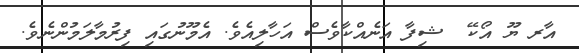
އާރ ޔޫ އޯކޭ  ޝިފާ އަނެއްކާވެސް އަހާލިއެވެ. އެމޫނުގައި ފިރުމާލަމުންނެވެ.